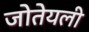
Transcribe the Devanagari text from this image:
जोतेयली